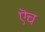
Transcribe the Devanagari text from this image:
ऎच